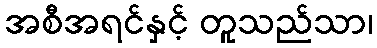
အစီအရင်နှင့် တူသည်သာ၊